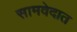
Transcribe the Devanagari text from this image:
सामवेदात